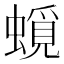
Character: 𧐎